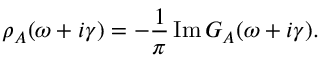
\rho _ { A } ( \omega + i \gamma ) = - \frac { 1 } { \pi } \operatorname { I m } G _ { A } ( \omega + i \gamma ) .